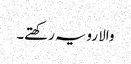
والا رویہ رکھتے۔